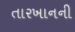
તારખાનની